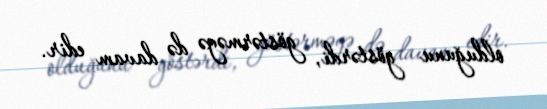
olduğunu göstərdi, göstərməyə də davam edir.